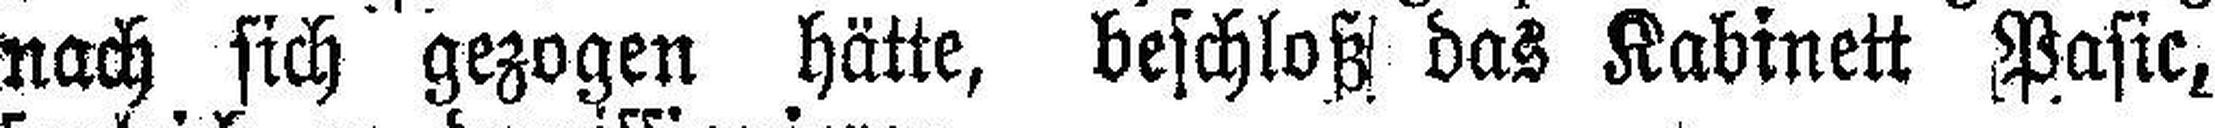
nach sich gezogen hätte, beschloß das Kabinett Pasic,